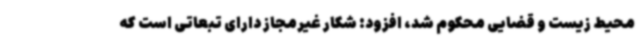
محیط زیست و قضایی محکوم شد، افزود: شکار غیرمجاز دارای تبعاتی است که